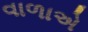
વાળાએ